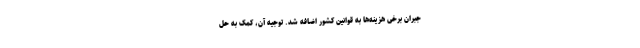
جبران برخی هزینه‌ها به قوانین کشور اضافه شد. توجیهِ آن، کمک به حل